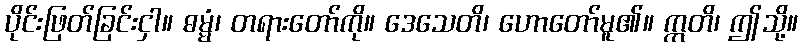
ပိုင်းဖြတ်ခြင်းငှါ။ ဓမ္မံ၊ တရားတော်ကို။ ဒေသေတိ၊ ဟောတော်မူ၏။ ဣတိ၊ ဤသို့။